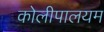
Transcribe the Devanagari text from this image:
कोलीपालयम